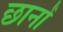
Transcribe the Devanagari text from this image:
छानों